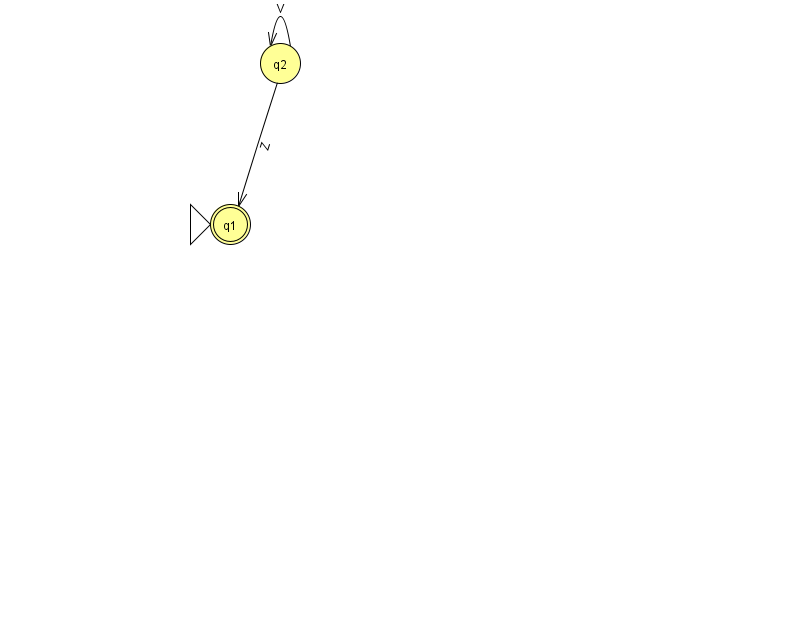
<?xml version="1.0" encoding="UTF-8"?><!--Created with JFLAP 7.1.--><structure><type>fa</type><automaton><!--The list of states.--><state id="1" name="q1"><x>230.0</x><y>211.0</y><initial/><final/></state><state id="2" name="q2"><x>280.0</x><y>50.0</y></state><!--The list of transitions.--><transition><from>2</from><to>2</to><read>V</read></transition><transition><from>2</from><to>1</to><read>Z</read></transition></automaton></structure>